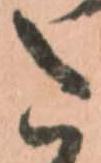
た